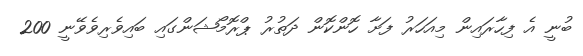
ބުނީ އެ ފިހާރައިން މިއަހަރު ފަށާ ހޮންކޮން ދަތުރު ޕްރޮމޯޝަންގައި ބައިވެރިވެވޭނީ 200